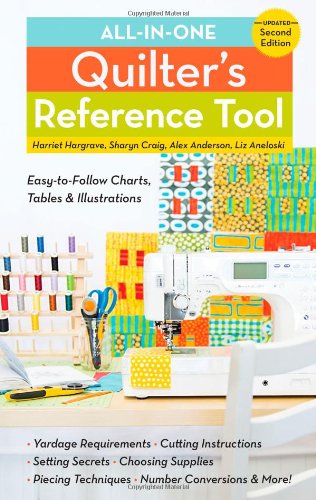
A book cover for All-in-One Quilter's Reference Tool: Updated; Harriet Hargrave; Crafts, Hobbies & Home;